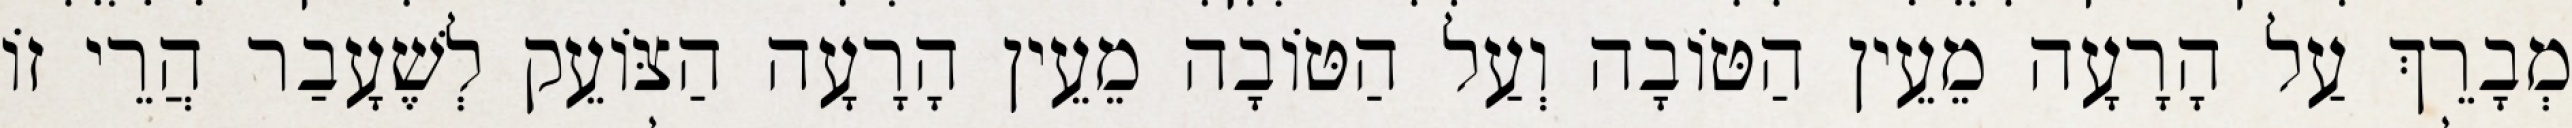
מְבָרֵךְ עַל הָרָעָה מֵעֵין הַטּוֹבָה וְעַל הַטּוֹבָה מֵעֵין הָרָעָה הַצּוֹעֵק לְשֶׁעָבַר הֲרֵי זוֹ